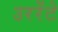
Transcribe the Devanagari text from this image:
उररेंटे